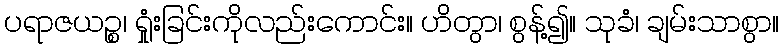
ပရာဇယဉ္စ၊ ရှုံးခြင်းကိုလည်းကောင်း။ ဟိတွာ၊ စွန့်၍။ သုခံ၊ ချမ်းသာစွာ။